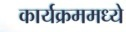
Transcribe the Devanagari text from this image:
कार्यक्रममध्ये